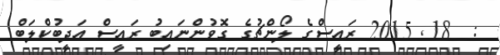
:  18